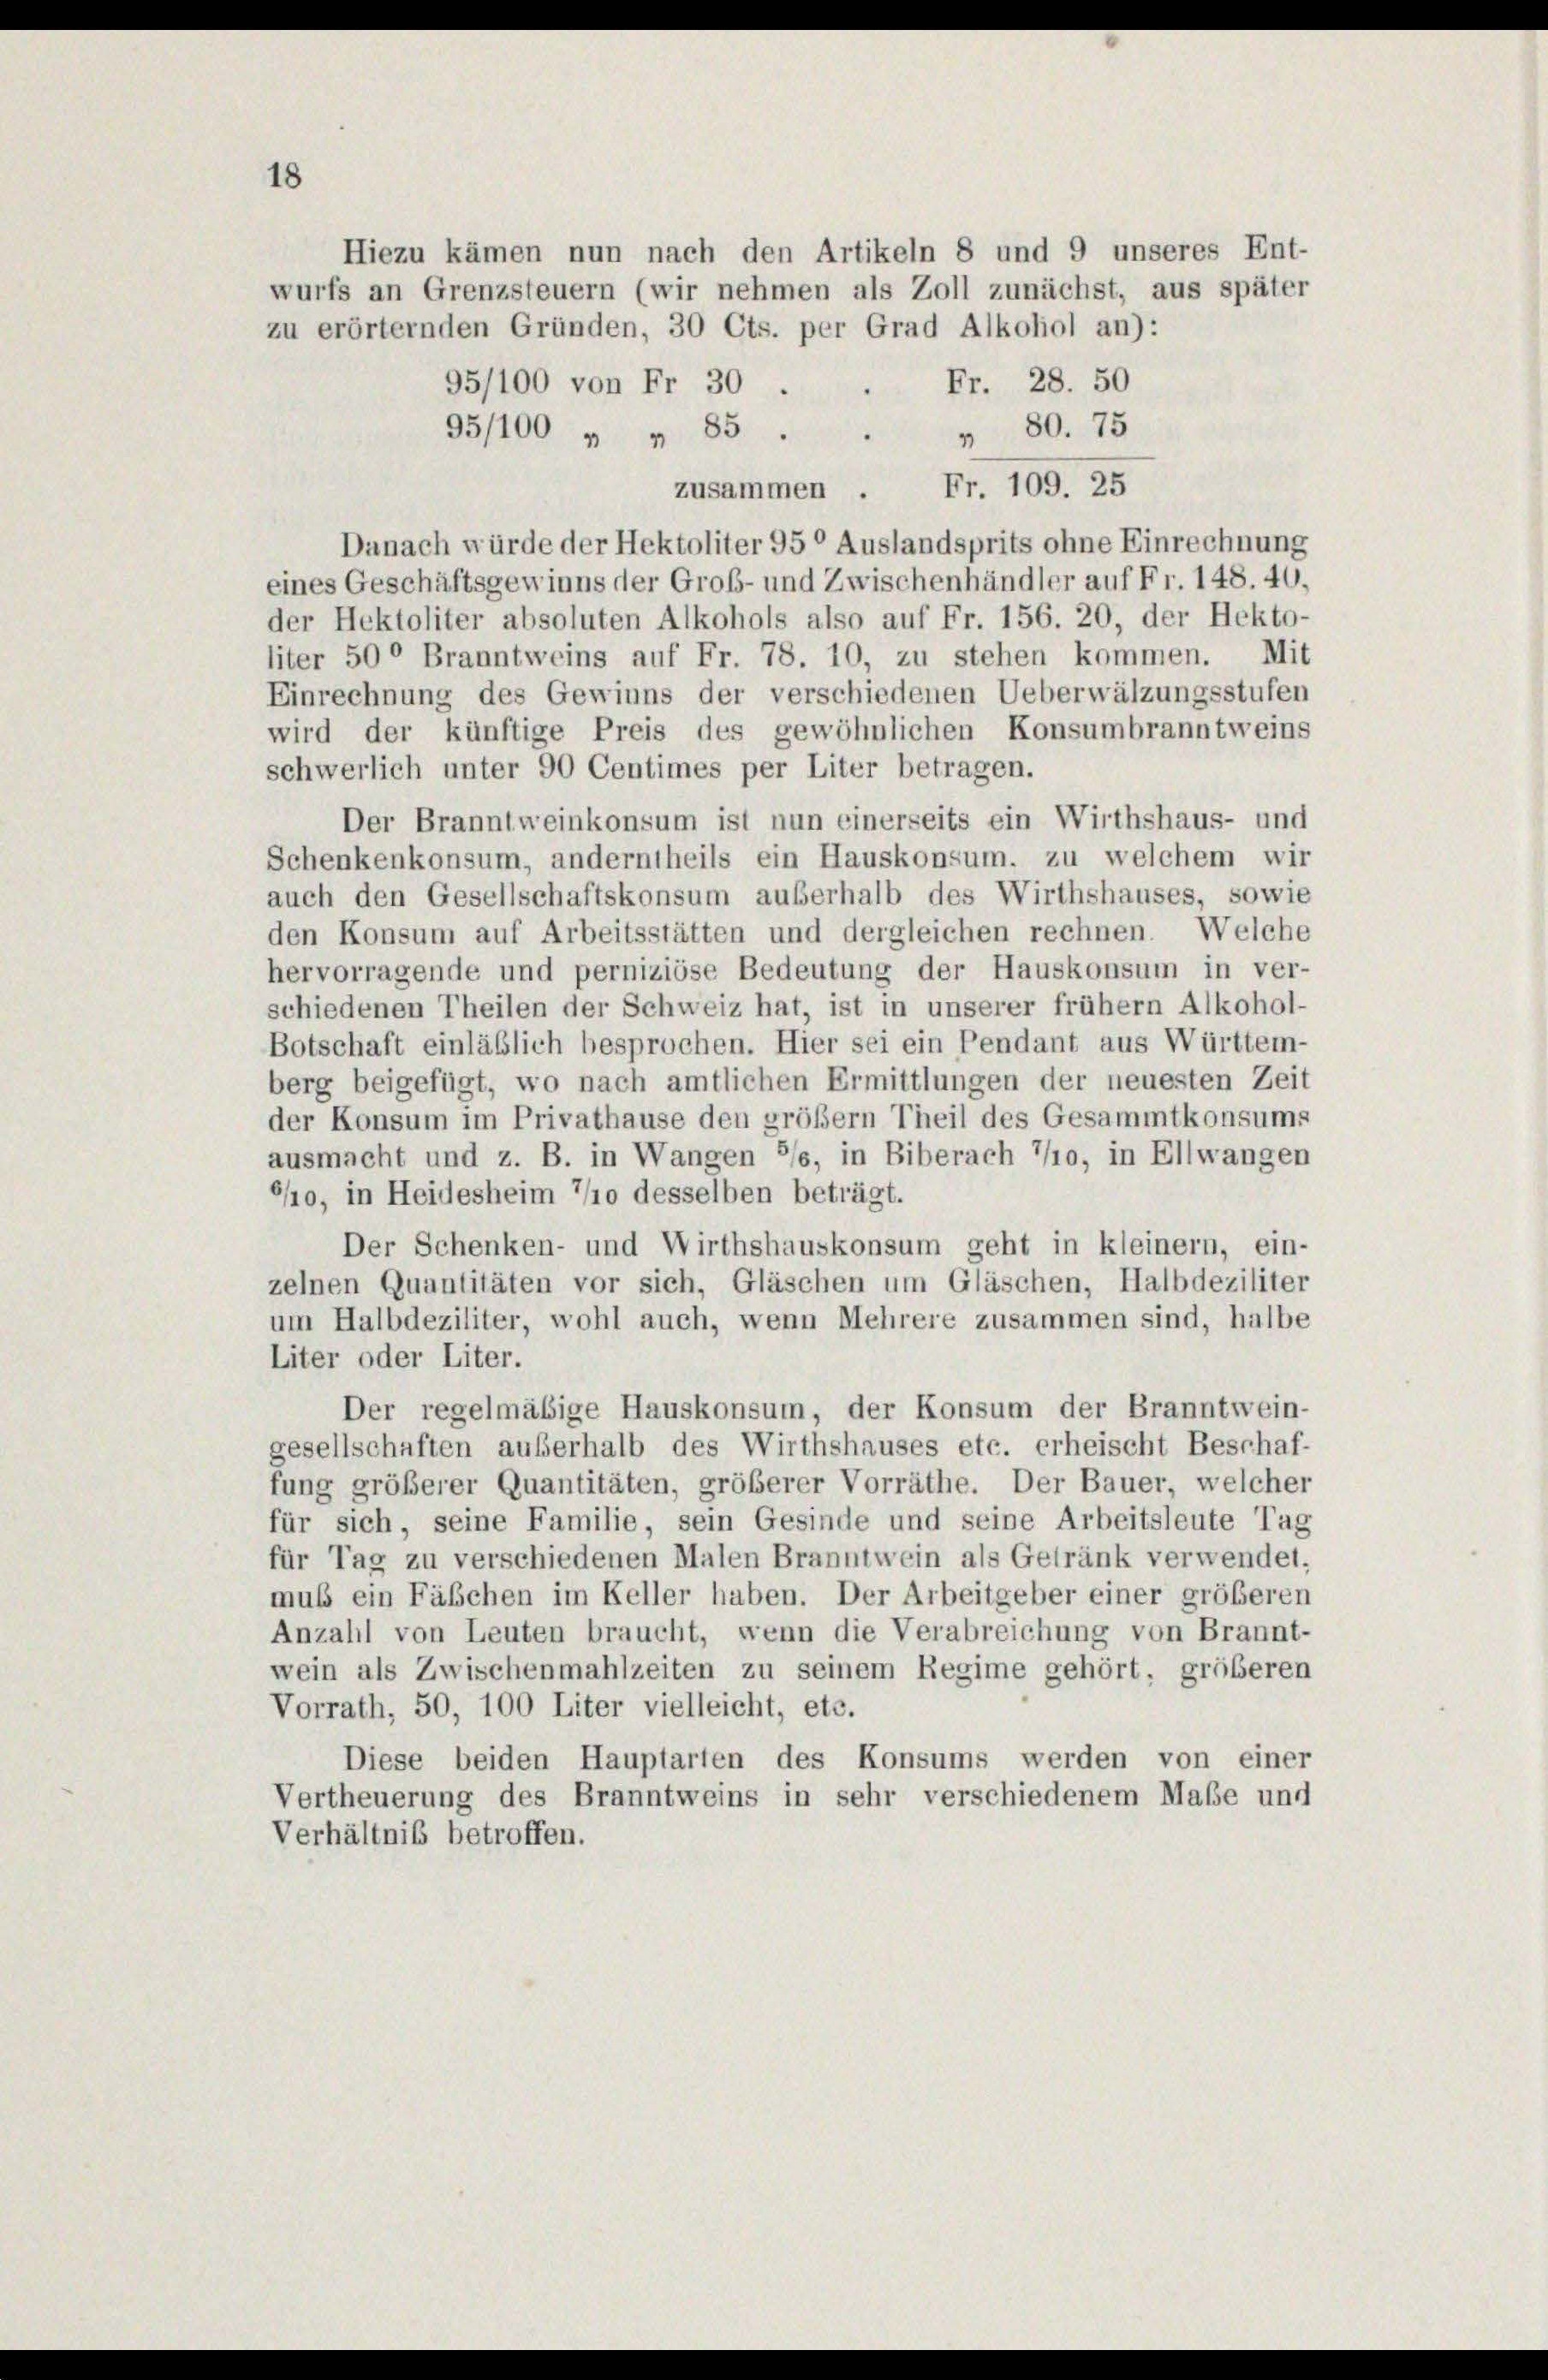
18

Fr. 28. 50
95/100 von Fr. 30
" 80. 75
95/100 „ „ 85.
Fr. 109. 25
zusammen.
Danach würde der Hektoliter 95° Auslandsprits ohne Einrechnung
eines Geschäftsgewinns der Grob- und Zwischenhändler auf Fr. 148. 40,
der Hektoliter absoluten Alkohols also auf Fr. 156. 20, der Hekto-
liter 50° Branntweins auf Fr. 78. 10, zu stehen kommen. Mit
Einrechnung des Gewinns der verschiedenen Ueberwälzungsstufen
wird der künftige Preis des gewöhnlichen Konsumbranntweins
schwerlich unter 90 Centimes per Liter betragen.
Der Branntweinkonsum ist nun einerseits ein Wirthshaus- und
Schenkenkonsum, anderntheils ein Hauskonsum, zu welchem wir
auch den Gesellschaftskonsum außerhalb des Wirthshauses, sowie
den Konsum auf Arbeitsstätten und dergleichen rechnen. Welche
hervorragende und perniziöse Bedeutung der Hauskonsum in ver-
schiedenen Theilen der Schweiz hat, ist in unserer frühem Alkohol-
Botschaft einläßlich besprochen. Hier sei ein Pendant aus Württem-
berg beigefügt, wo nach amtlichen Ermittlungen der neuesten Zeit
der Konsum im Privathause den großem Theil des Gesammtkonsums
ausmacht und z. B. in Wangen */s, in Biberach 7/10, in Ellwangen
/10, in Heidesheim 7/10 desselben beträgt.
Der Schenken- und Wirthshauskonsum geht in kleiner, ein-
zelnen Quantitäten vor sich, Gläschen um Gläschen, Halbdeziliter
um Halbdeziliter, wohl auch, wenn Mehrere zusammen sind, halbe
Liter oder Liter.
Der regelmäßige Hauskonsum, der Konsum der Branntwein-
gesellschaften außerhalb des Wirthshauses etc. erheischt Beschaf-
fung größerer Quantitäten, größerer Vorräthe. Der Bauer, welcher
für sich, seine Familie, sein Gesinde und seine Arbeitsleute Tag
für Tag zu verschiedenen Malen Branntwein als Getränk verwendet.
muß ein Fäschen im Keller haben. Der Arbeitgeber einer größeren
Anzahl von Leuten braucht, wenn die Verabreichung von Brannt-
wein als Zwischenmahlzeiten zu seinem Regime gehört, größeren
Vorrath, 50, 100 Liter vielleicht, etc.
Diese beiden Hauptarten des Konsums werden von einer
Vertheuerung des Branntweins in sehr verschiedenem Maße und
Verhältnis betroffen.

Hiezu kämen nun nach den Artikeln 8 und 9 unseres Ent-
wurfs an Grenzsteuern (wir nehmen als Zoll zunächst, aus später
zu erörternden Gründen, 30 Cts. per Grad Alkohol an):